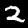
Label: 2